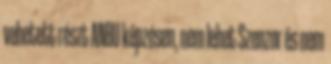
vehetett részt ANBU képzésen, nem lehet Szenzor és nem